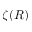
\zeta ( R )